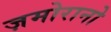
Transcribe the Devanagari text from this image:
ज़मोरानो